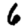
Digit: 6